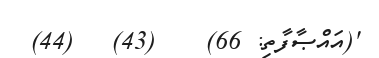
'(އައްޞާފާތި: 66)    (43)   (44)